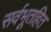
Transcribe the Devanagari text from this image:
सर्वभूतहित